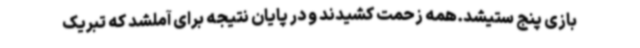
بازی پنج ستیشد.همه زحمت کشیدند و در پایان نتیجه برای آملشد که تبریک‌